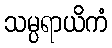
သမ္ပရာယိကံ